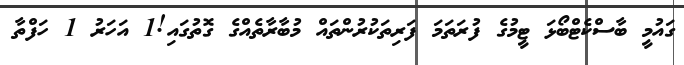
ގައުމީ ބާސްކެޓްބޯޅަ ޓީމުގެ ފުރަތަމަ ފަރިތަކުރުންތައް މުބާރާތެއްގެ ގޮތުގައި!1 އަހަރު 1 ހަފްތާ